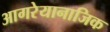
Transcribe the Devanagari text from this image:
आगरेयानाजिक